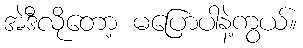
အဲဒီလိုတော့ မပြောပါနဲ့ကွယ်။